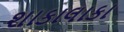
શાકાલાકા